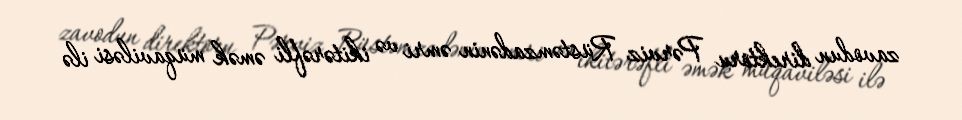
zavodun direktoru Pərviz Rüstəmzadənin əmri və ikitərəfli əmək müqaviləsi ilə